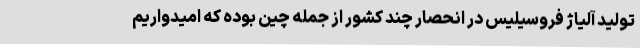
تولید آلیاژ فروسیلیس در انحصار چند کشور از جمله چین بوده که امیدواریم